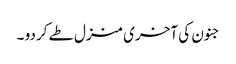
جنون کی آخری منزل طے کردو ۔